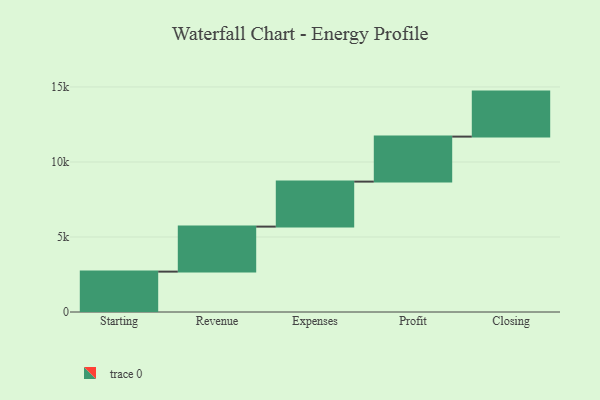
{"axis": {"x": "Step", "y": "Value"}, "legend": [""], "data": [{"x": "Starting", "y": 2692.0, "type": ""}, {"x": "Revenue", "y": 3000, "type": ""}, {"x": "Expenses", "y": 3000, "type": ""}, {"x": "Profit", "y": 3000, "type": ""}, {"x": "Closing", "y": 3000, "type": ""}]}